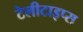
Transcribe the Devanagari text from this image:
टेलीटाइप्स